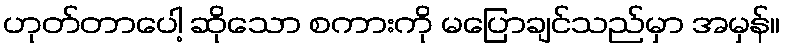
ဟုတ်တာပေါ့ ဆိုသော စကားကို မပြောချင်သည်မှာ အမှန်။